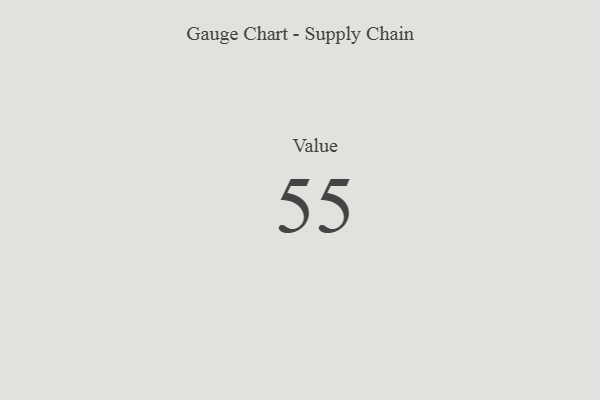
{"axis": {"x": "Metric", "y": "Value"}, "legend": [""], "data": [{"x": "Value", "y": 55, "type": ""}]}